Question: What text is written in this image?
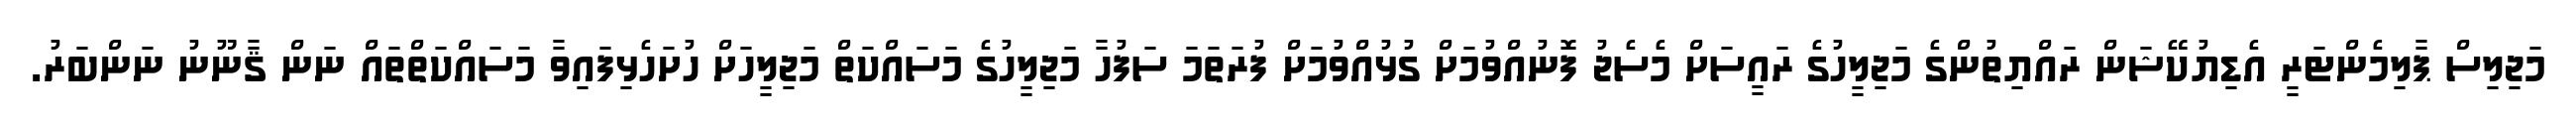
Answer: މަޖިލިސް ޕާލިމެންޓަރީ އެޑިޔުކޭޝަން ރައްޔިތުންގެ މަޖިލީހުގެ ރައީސަށް މެސެޖު ފޮނުއްވުމަށް ގުޅުއްވުމަށް ފުރަތަމަ ސަފުހާ މަޖިލީހުގެ މަސައްކަތް މަޖިލީހަށް ހުށަހެޅިފައިވާ މަސައްކަތްތައް ނަން ޤާނޫނު ނަންބަރު.